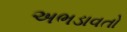
અભડાવતો